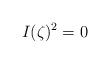
LaTeX: \begin{align*}I(\zeta)^2 = 0\end{align*}